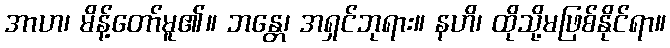
အာဟ၊ မိန့်တော်မူ၏။ ဘန္တေ၊ အရှင်ဘုရား။ နဟိ၊ ထိုသို့မဖြစ်နိုင်ရာ။